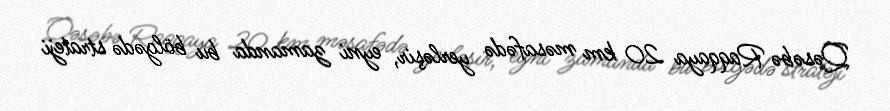
Qəsəbə Raqqaya 20 km məsafədə yerləşir, eyni zamanda bu bölgədə strateji